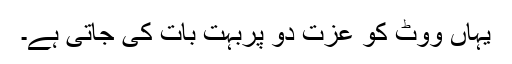
یہاں ووٹ کو عزت دو پربہت بات کی جاتی ہے۔